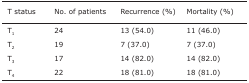
<table><thead><tr><td><b>T status</b></td><td><b>No. of patients</b></td><td><b>Recurrence (%)</b></td><td><b>Mortality (%)</b></td></tr></thead><tbody><tr><td>T<sub>1</sub></td><td>24</td><td>13 (54.0)</td><td>11 (46.0)</td></tr><tr><td>T<sub>2</sub></td><td>19</td><td>7 (37.0)</td><td>7 (37.0)</td></tr><tr><td>T<sub>3</sub></td><td>17</td><td>14 (82.0)</td><td>14 (82.0)</td></tr><tr><td>T<sub>4</sub></td><td>22</td><td>18 (81.0)</td><td>18 (81.0)</td></tr></tbody></table>